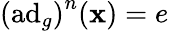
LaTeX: \left(\operatorname{ad}_{g}\right)^{n}(\mathbf{x})=e